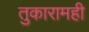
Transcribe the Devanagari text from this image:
तुकारामही